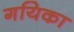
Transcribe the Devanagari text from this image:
गयिका